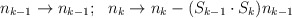
\begin{align*}\begin{array}{cc} n_{k-1} \rightarrow n_{k-1}; & n_k \rightarrow n_k - (S_{k-1} \cdot S_k) n_{k-1} \end{array}\end{align*}